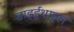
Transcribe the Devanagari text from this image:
डाइईथाइल